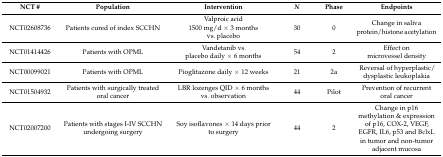
<table><thead><tr><td><b>NCT #</b></td><td><b>Population</b></td><td><b>Intervention</b></td><td><b><i>N</i></b></td><td><b>Phase</b></td><td><b>Endpoints</b></td></tr></thead><tbody><tr><td>NCT02608736</td><td>Patients cured of index SCCHN</td><td>Valproic acid 1500 mg/d × 3 months vs. placebo</td><td>30</td><td>0</td><td>Change in saliva protein/histone acetylation</td></tr><tr><td>NCT01414426</td><td>Patients with OPML</td><td>Vandetanib vs. placebo daily × 6 months</td><td>54</td><td>2</td><td>Effect on microvessel density</td></tr><tr><td>NCT00099021</td><td>Patients with OPML</td><td>Pioglitazone daily × 12 weeks</td><td>21</td><td>2a</td><td>Reversal of hyperplastic/dysplastic leukoplakia</td></tr><tr><td>NCT01504932</td><td>Patients with surgically treated oral cancer</td><td>LBR lozenges QID × 6 months vs. observation</td><td>44</td><td>Pilot</td><td>Prevention of recurrent oral cancer</td></tr><tr><td>NCT02007200</td><td>Patients with stages I-IV SCCHN undergoing surgery</td><td>Soy isoflavones × 14 days prior to surgery</td><td>44</td><td>2</td><td>Change in p16 methylation &amp; expression of p16, COX-2, VEGF, EGFR, IL6, p53 and BclxL in tumor and non-tumor adjacent mucosa</td></tr></tbody></table>